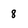
Character: 8